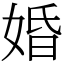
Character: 婚